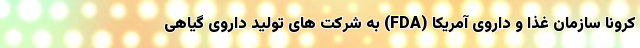
کرونا سازمان غذا و داروی آمریکا (FDA) به شرکت های تولید داروی گیاهی